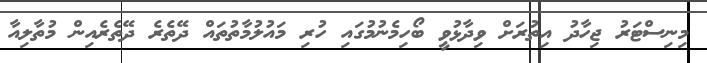
މިނިސްޓަރު ޖިހާދު އިތުރަށް ވިދާޅުވީ ބޯހިމެނުމުގައި ހުރި މައުލުމާތުތައް ދޭތެރެ ދޭތެރެއިން މުތާލިއާ